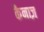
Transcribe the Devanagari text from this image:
कैनाज़